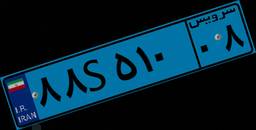
۳۲S۱۹۷۳۱